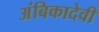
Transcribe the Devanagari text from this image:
अंबिकादेवी